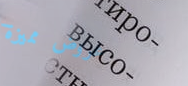
عروض مميزة